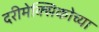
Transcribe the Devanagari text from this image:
दरीमेक्सिकोच्या